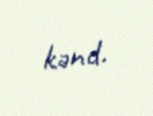
kənd.